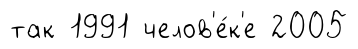
так 1991 челов'е́к'е 2005